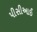
પીસીઆઈ